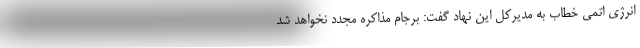
انرژی اتمی خطاب به مدیرکل این نهاد گفت: برجام مذاکره مجدد نخواهد شد